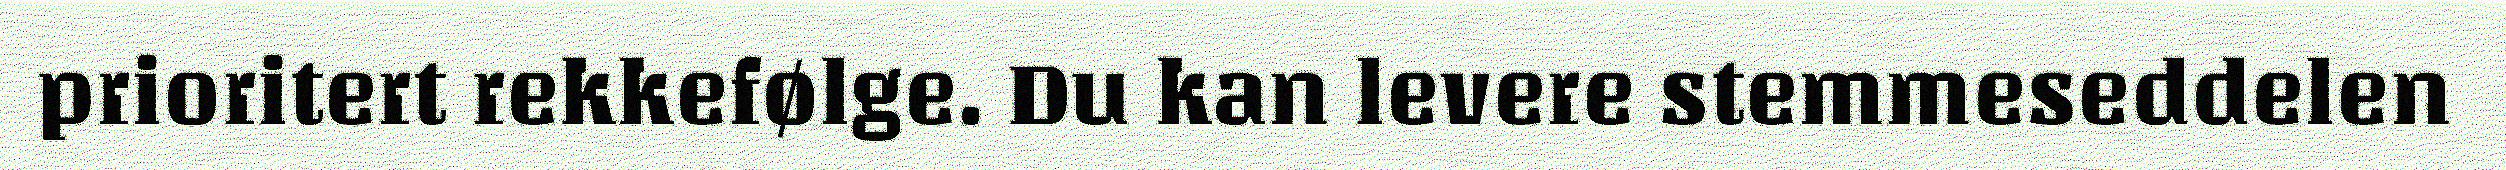
prioritert rekkefølge. Du kan levere stemmeseddelen